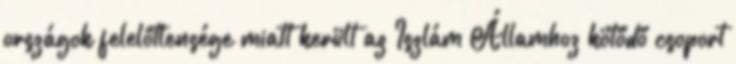
országok felelőtlensége miatt került az Iszlám Államhoz kötődő csoport